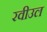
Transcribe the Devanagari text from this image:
रवीउल